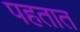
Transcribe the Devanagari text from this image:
पहतात